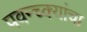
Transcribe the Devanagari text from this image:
पवन्च्क्यांचा